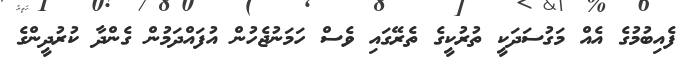
ފެއިބުމުގެ އެއް މަގުސަދަކީ ތުރުކީގެ ތެރޭގައި ވެސް ހަމަނުޖެހުން އުފައްދަމުން ގެންދާ ކުރުދީންގެ